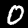
Label: 0